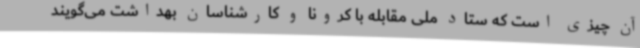
آن چیزی است که ستاد ملی مقابله با کرونا و کارشناسان بهداشت می‌گویند